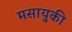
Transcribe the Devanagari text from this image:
मसायुकी